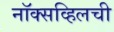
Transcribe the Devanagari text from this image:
नॉक्सव्हिलची